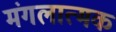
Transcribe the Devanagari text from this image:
मंगलात्मक